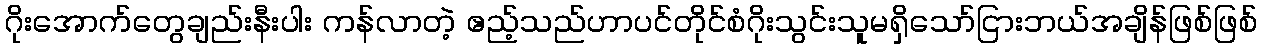
ဂိုးအောက်တွေချည်းနီးပါး ကန်လာတဲ့ ဧည့်သည်ဟာပင်တိုင်စံဂိုးသွင်းသူမရှိသော်ငြားဘယ်အချိန်ဖြစ်ဖြစ်